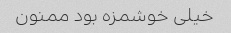
خیلی خوشمزه بود ممنون